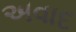
અવાદ